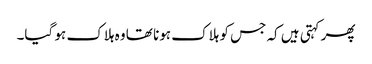
پھر کہتی ہیں کہ جس کو ہلاک ہونا تھا وہ ہلاک ہو گیا۔